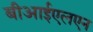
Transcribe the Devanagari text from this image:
बीआईएलएन